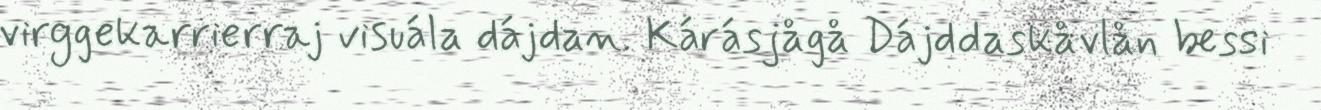
virggekarrierraj visuála dájdan. Kárásjågå Dájddaskåvlån bessi